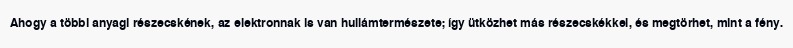
Ahogy a többi anyagi részecskének, az elektronnak is van hullámtermészete; így ütközhet más részecskékkel, és megtörhet, mint a fény.